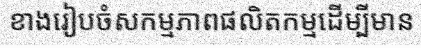
ខាងរៀបចំសកម្មភាពផលិតកម្មដើម្បីមាន